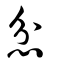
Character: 忿